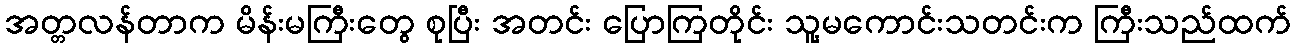
အတ္တလန်တာက မိန်းမကြီးတွေ စုပြီး အတင်း ပြောကြတိုင်း သူ့မကောင်းသတင်းက ကြီးသည်ထက်